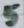
Text: 5